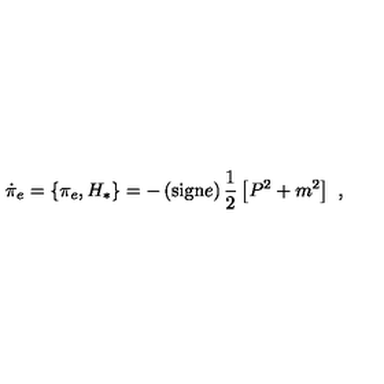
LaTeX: \dot { \pi } _ { e } = \{ \pi _ { e } , H _ { * } \} = - \left( \mathrm { s i g n } e \right) \frac { 1 } { 2 } \left[ P ^ { 2 } + m ^ { 2 } \right] \ ,